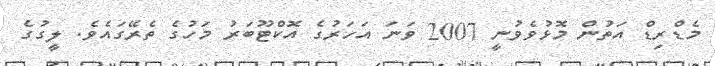
މެޑްރިޑް އަތުން މޮޅުވެވުނީ 2007 ވަނަ އަހަރުގެ އޮކްޓޫބަރު މަހުގެ ތެރޭގައެވެ. ލީގުގެ